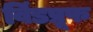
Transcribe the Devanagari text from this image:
विंडप्रूफ